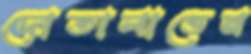
দোতালাত্তেন